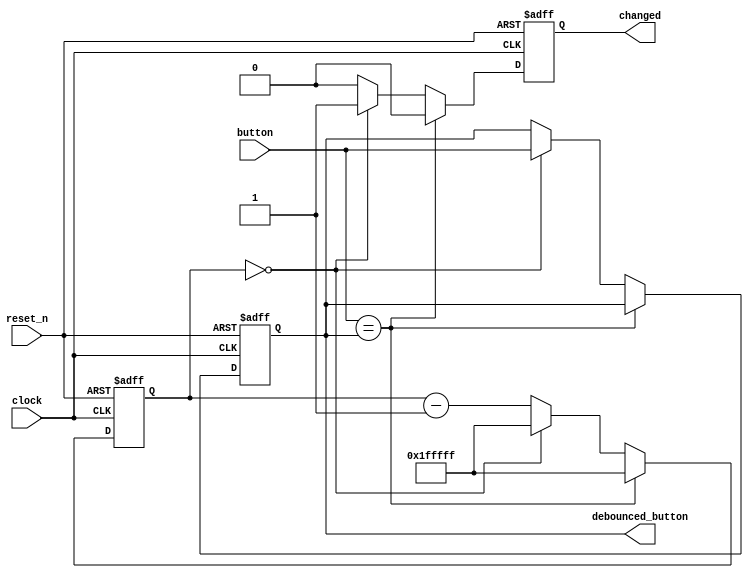
module Debouncer #(parameter DEFAULT_VALUE=1'b0)
(
    input wire clock,
    input wire reset_n,
    input wire button,
    output reg debounced_button,
    output reg changed
);
    localparam N = 21;
    reg [N-1:0] counter;
    always @(posedge clock or negedge reset_n) begin
        if (!reset_n) begin
            debounced_button <= DEFAULT_VALUE;
            counter <= 1'b0;
            changed <= 1'b0;
        end else begin
            changed <= 1'b0;
            if (button == debounced_button) begin
                counter <= {N{1'b1}};
            end else begin
                if (counter == 0) begin
                    debounced_button <= button;
                    counter <= {N{1'b1}};
                    changed <= 1'b1;
                end else begin
                    counter <= counter - 1'b1;
                end
            end
        end
    end
endmodule